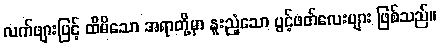
လက်ဖျားဖြင့် ထိမိသော အရာတို့မှာ နူးညံ့သော ပွင့်ဖတ်လေးများ ဖြစ်သည်။